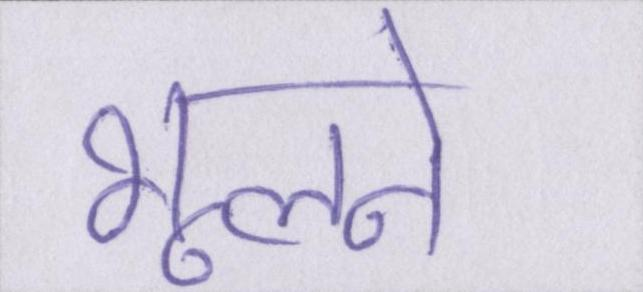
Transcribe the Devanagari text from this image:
भूलने